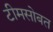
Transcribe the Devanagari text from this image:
टीमसोबत